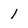
Character: l